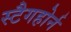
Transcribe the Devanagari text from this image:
स्टैगहोर्न